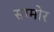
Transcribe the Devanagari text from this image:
सामोर